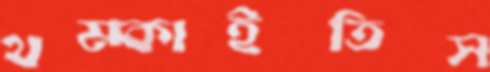
থম্‌কাইতিস